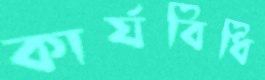
কার্যবিধি